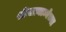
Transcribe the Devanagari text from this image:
श्रीसत्याम्बेच्या